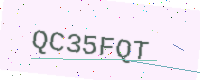
Text: QC35FQT